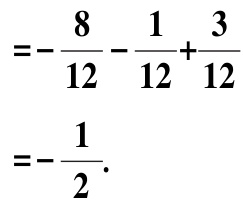
\[
\begin{align*}
&=-\frac{8}{12}-\frac{1}{12}+\frac{3}{12}\\
&=-\frac{1}{2}.
\end{align*}
\]